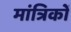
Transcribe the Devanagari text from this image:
मांत्रिकों